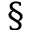
\S